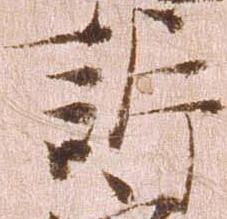
訴